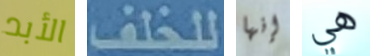
الأبد للخلف إنها هي